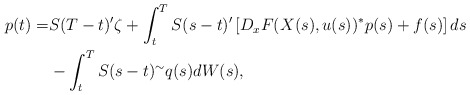
\begin{align*}p(t) = & S(T-t)'\zeta + \int_t^T S(s-t)'\left[ D_xF(X(s),u(s))^*p(s)+ f(s)\right]ds \\&- \int_t^T S(s-t)^{\sim}q(s)dW(s),\end{align*}